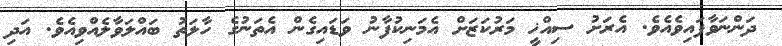
ދަންނަވާފައިވެއެވެ. އެރަށު ސިއްޚީ މަރުކަޒަށް އެމަނިކުފާނު ވަޑައިގެން އެތަނުގެ ހާލަތު ބައްލަވާލެއްވިއެވެ. އަދި